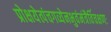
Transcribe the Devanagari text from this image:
प्रोक्षयेत्पंचगव्येनभुवंमंत्रैर्विचक्षणः